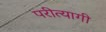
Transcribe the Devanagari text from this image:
परीत्यागी